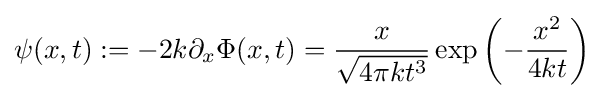
\psi (x,t):=-2k\partial _{x}\Phi (x,t)={\frac {x}{\sqrt {4\pi kt^{3}}}}\exp \left(-{\frac {x^{2}}{4kt}}\right)